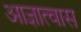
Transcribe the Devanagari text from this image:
आज्ञात्वास